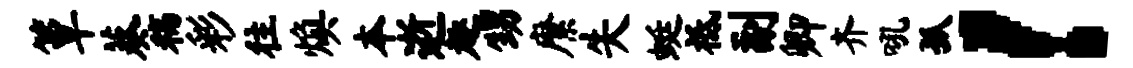
簟葵稿彩往焕本逝趣甥縻失蜓祗副卿齐吼孤！